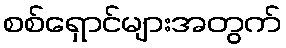
စစ်ရှောင်များအတွက်